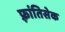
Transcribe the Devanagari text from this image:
फ़्रांतिसेक